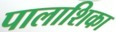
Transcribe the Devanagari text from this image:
पालाशिका